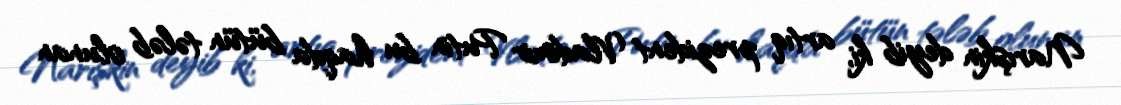
Narışkin deyib ki, artıq prezident Vladimir Putin bu haqda bütün tələb olunan